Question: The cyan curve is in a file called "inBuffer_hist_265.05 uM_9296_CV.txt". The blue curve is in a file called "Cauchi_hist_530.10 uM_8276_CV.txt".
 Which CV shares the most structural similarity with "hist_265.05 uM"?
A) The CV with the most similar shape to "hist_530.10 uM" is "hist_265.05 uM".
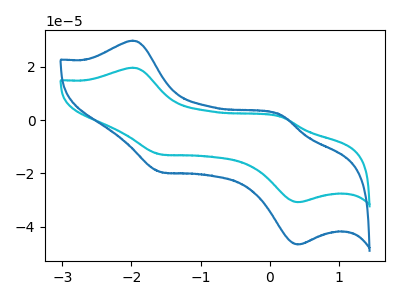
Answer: <think>The cyan curve "hist_265.05 uM" has anodic peaks at (-2.00V, 19.70uA) (0.15V, 1.25uA) and cathodic peaks at (-1.55V, -12.85uA) (0.40V, -30.85uA). The blue curve "hist_530.10 uM" has anodic peaks at (-2.00V, 29.90uA) (0.15V, 1.90uA) and cathodic peaks at (-1.55V, -19.45uA) (0.40V, -46.75uA).
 All the peaks in "hist_265.05 uM" have a peak in "hist_530.10 uM" at the same potential. Every peak in "hist_265.05 uM" is lower than every peak in "hist_530.10 uM".</think>
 <answer>A) The CV with the most similar shape to "hist_530.10 uM" is "hist_265.05 uM".</answer>
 <eval>A</eval>